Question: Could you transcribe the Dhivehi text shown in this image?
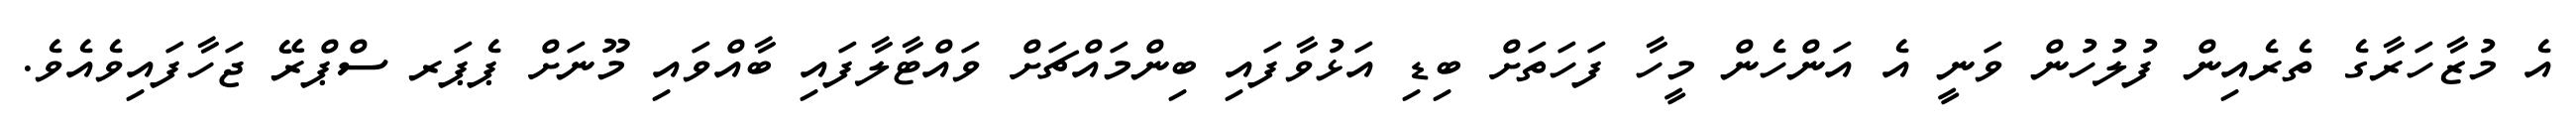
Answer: އެ މުޒާހަރާގެ ތެރެއިން ފުލުހުން ވަނީ އެ އަންހެން މީހާ ފަހަތަށް ބިޑި އަޅުވާފައި ބިންމައްޗަށް ވައްޓާލާފައި ބާއްވައި މޫނަށް ޕެޕަރ ސްޕްރޭ ޖަހާފައިވެއެވެ.